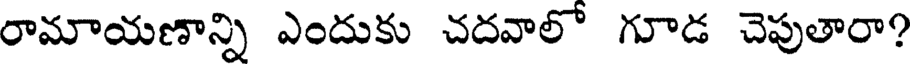
రామాయణాన్ని ఎందుకు చదవాలో గూడ చెపుతారా?